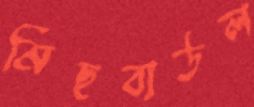
মিছবাউল